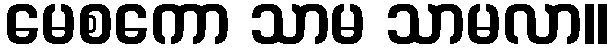
မေစကော သာမ သာမလာ။